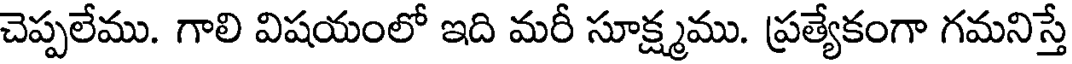
చెప్పలేము. గాలి విషయంలో ఇది మరీ సూక్ష్మము. ప్రత్యేకంగా గమనిస్తే